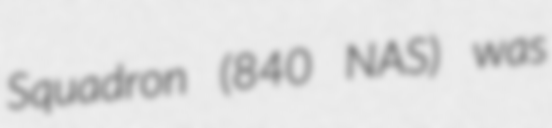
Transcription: Squadron (840 NAS) was